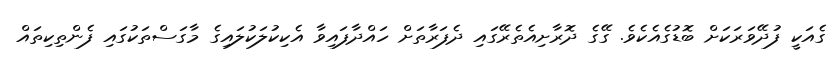
ގެއަކީ ފުދޭވަރަކަށް ބޮޑުގެއެކެވެ. ގޭގެ ދޮރާށިއެތެރޭގައި ދެފަރާތަށް ހައްދާފައިވާ އެކިކުލަކުލައިގެ މާގަސްތަކުގައި ފެންތިކިތައް